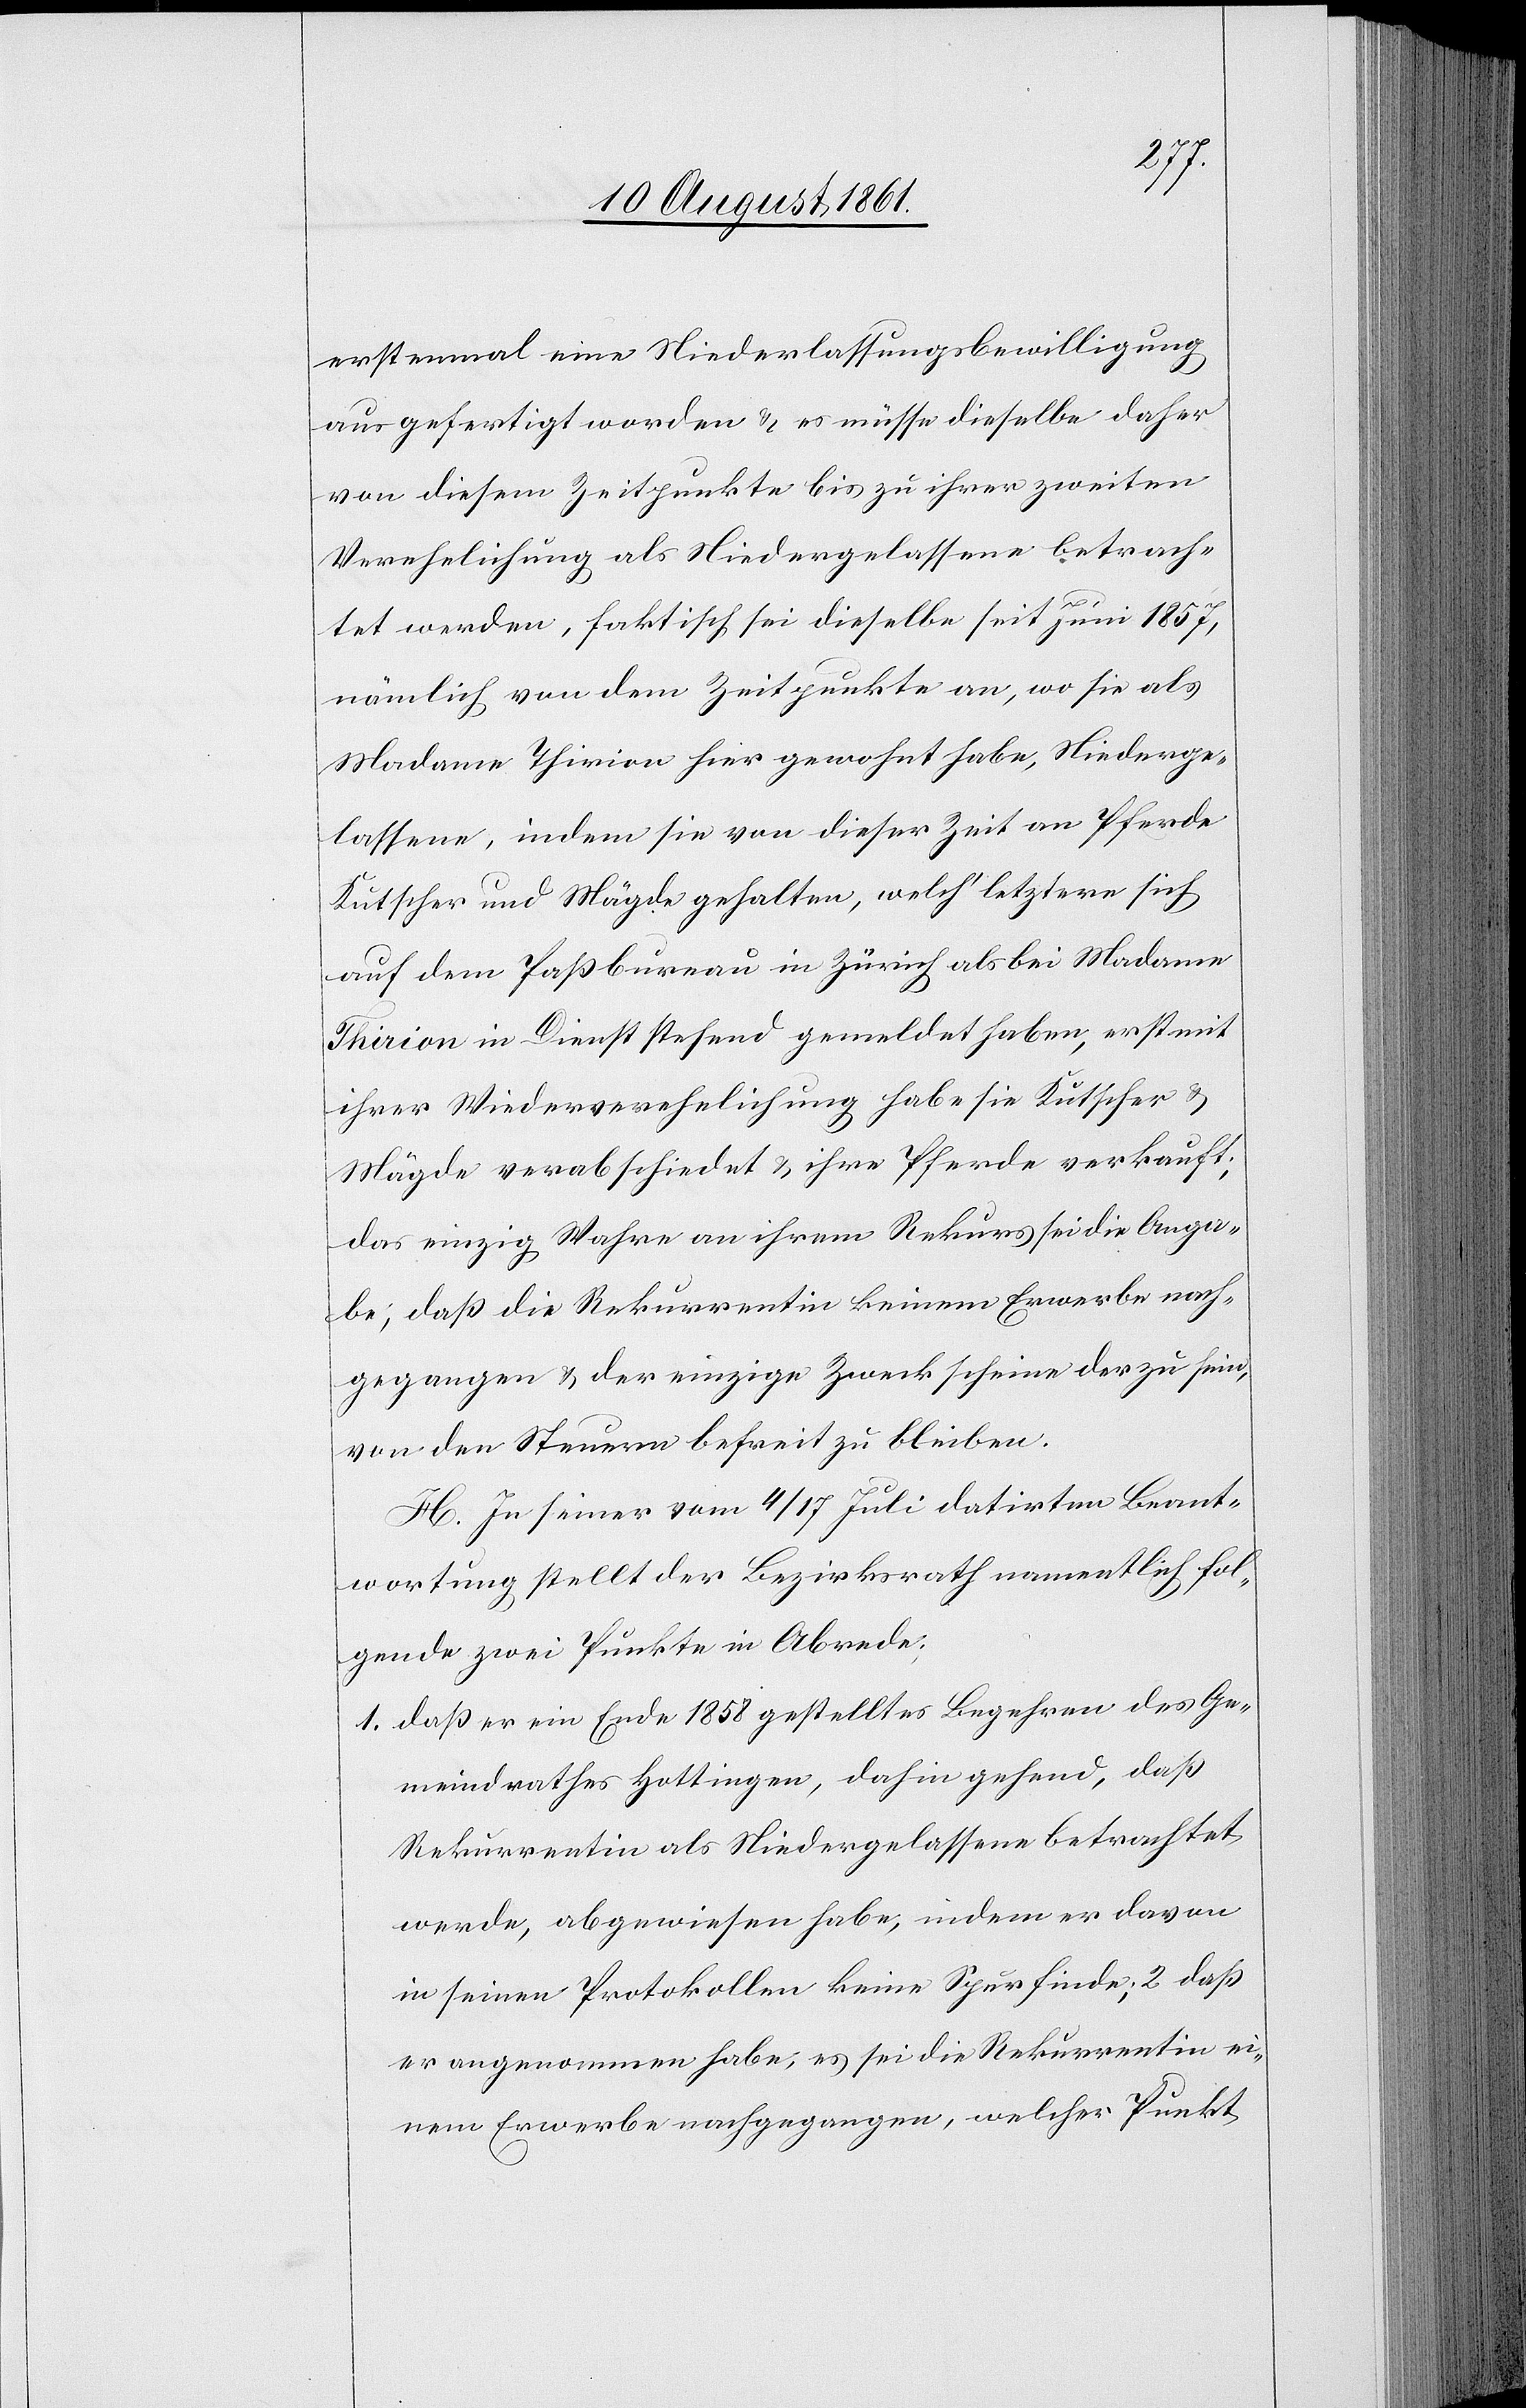
erstenmal eine Niederlaßungsbewilligung
ausgefertigt worden u. es müsse dieselbe daher
von diesem Zeitpunkte bis zu ihrer zweiten
Verehelichung als Niedergelassene betrach¬
tet werden, faktisch sei dieselbe seit Juni 1857,
nämlich von dem Zeitpunkte an, wo sie als
Madame Thirion hier gewohnt habe, Niederge¬
lassene, indem sie von dieser Zeit an Pferde
Kutscher und Mägde gehalten, welch’ letztere sich
auf dem Paßbureau in Zürich als bei Madame
Thirion im Dienst stehend gemeldet haben, erst mit
ihrer Wiederverehelichung habe sie Kutscher u.
Mägde verabschiedet u. ihre Pferde verkauft;
das einzig Wahre an ihrem Rekurs sei die Anga¬
be, daß die Rekurrentin keinem Erwerbe nach¬
gegangen u. der einzige Zweck scheine der zu sein,
von den Steuern befreit zu bleiben.
H. In seiner vom 4/17 Juli datirten Beant¬
wortung stellt der Bezirksrath namentlich fol¬
gende zwei Punkte in Abrede;
1. daß er ein Ende 1858 gestelltes Begehren des Ge¬
meindrathes Hottingen, dahin gehend, daß
Rekurrentin als Niedergelassene betrachtet
werde, abgewiesen habe, indem er davon
in seinen Protokollen keine Spur finde, 2 daß
er angenommen habe, es sei die Rekurrentin ei¬
nem Erwerbe nachgegangen, welcher Punkt